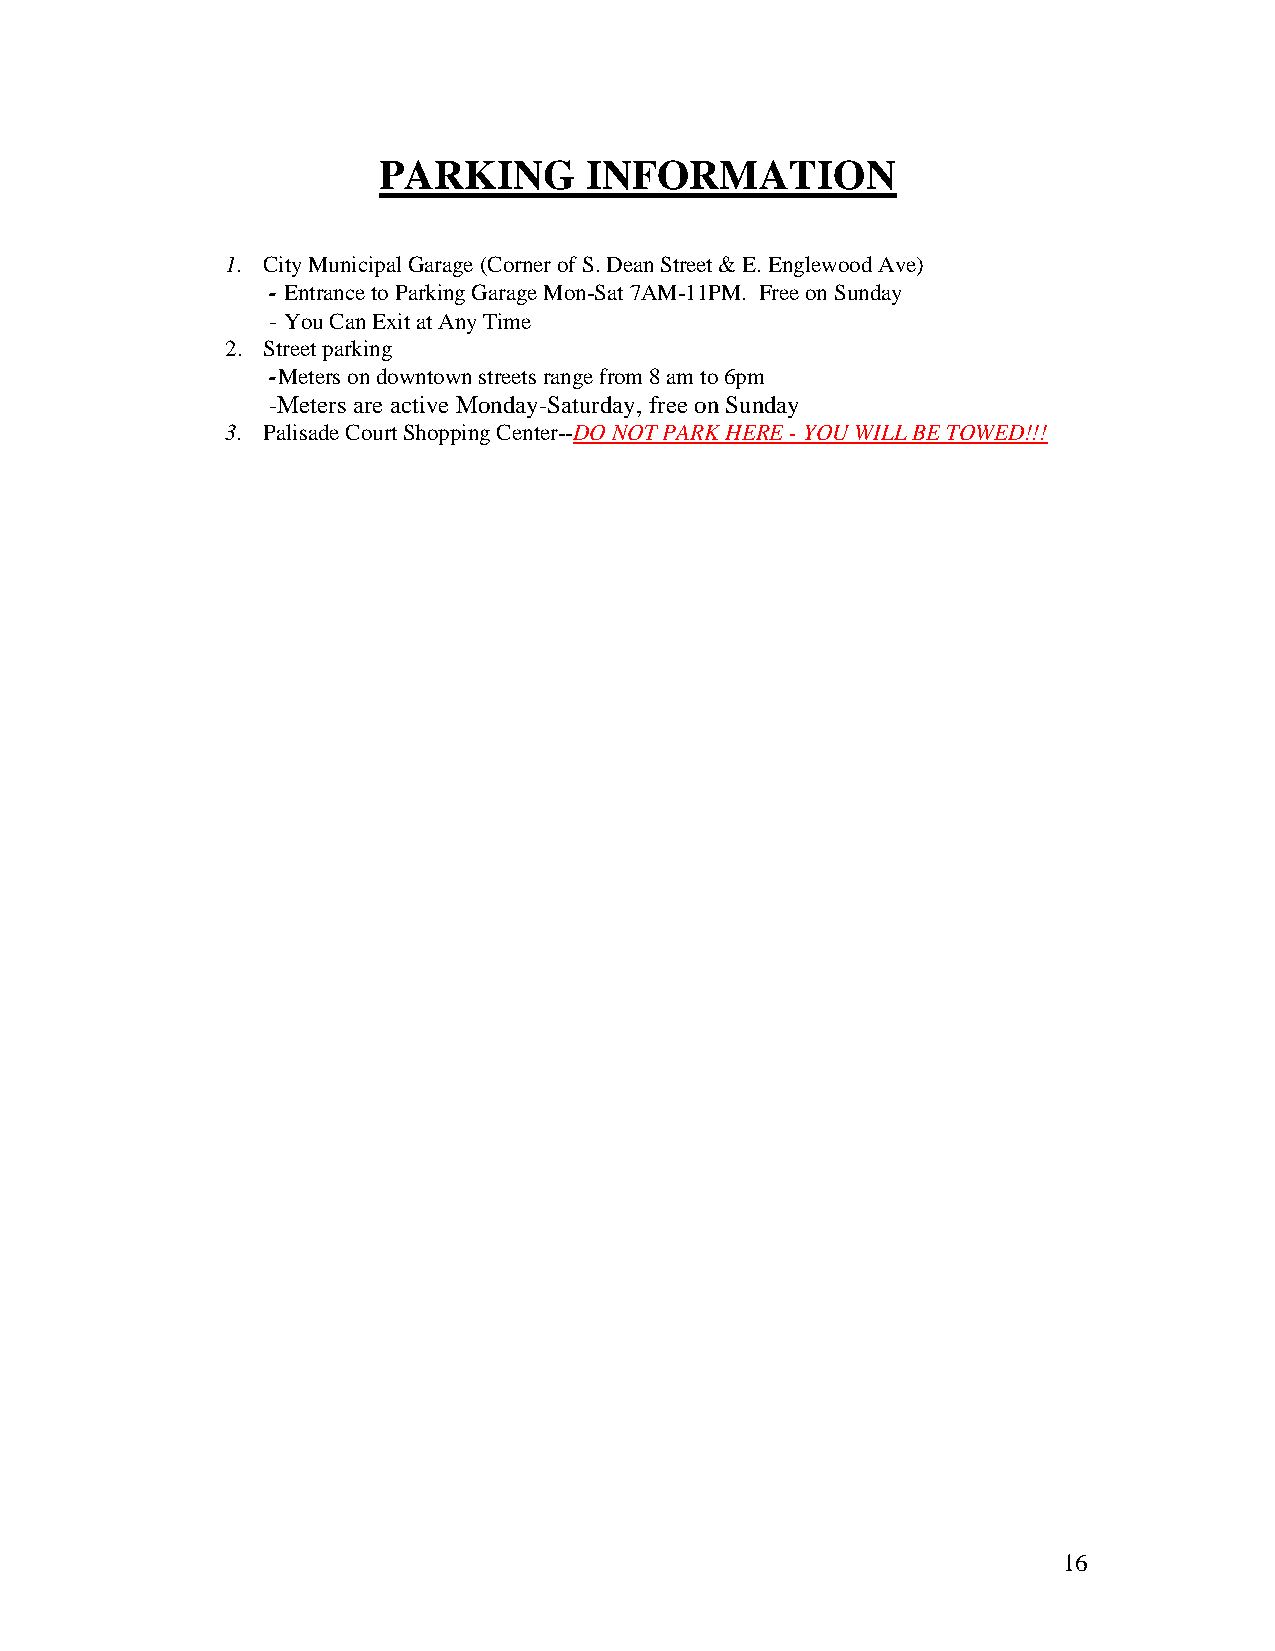
PARKING       INFORMATION
 1. City Municipal Garage (Corner of S. Dean Street & E. Englewood Ave)
 - Entrance to Parking Garage Mon-Sat 7AM-11PM. Free on Sunday
 - You Can Exit at Any Time
 2. Street parking
 -Meters on downtown streets range from 8 am to 6pm
 -Meters are active Monday-Saturday, free on Sunday
 3. Palisade Court Shopping Center--DO NOT PARK HERE - YOU WILL BE TOWED!!!
 16